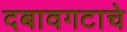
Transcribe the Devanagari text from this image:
दबावगटाचे